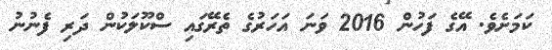
ކަމަށެވެ. އޭގެ ފަހުން 2016 ވަނަ އަހަރުގެ ތެރޭގައި ސްކޫލަކުން ދަރި ފެނުނު